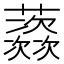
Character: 𱿅